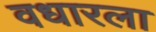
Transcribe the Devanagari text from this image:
वधारला